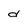
Character: d